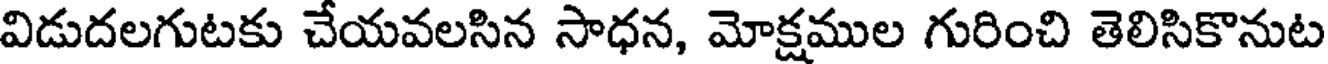
విడుదలగుటకు చేయవలసిన సాధన, మోక్షముల గురించి తెలిసికొనుట